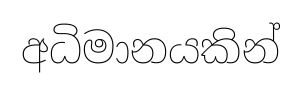
අධිමානයකින්